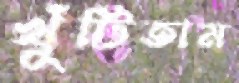
খুঁটিতাম